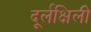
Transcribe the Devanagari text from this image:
दूर्लक्षिली